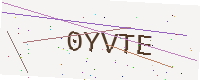
Text: 0YVTE